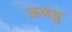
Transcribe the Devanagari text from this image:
ऊणडू